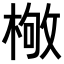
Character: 𣕌